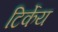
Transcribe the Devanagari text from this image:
टिर्केय